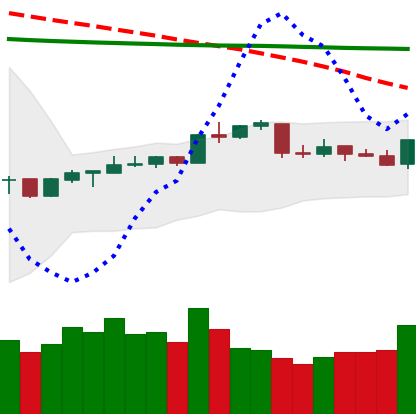
Ticker: NEO-USD
Chart end date: 2020-04-16
Forward return: -4.496%
Label: down_3_5